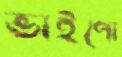
ভাইপো